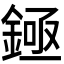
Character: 𬫡